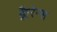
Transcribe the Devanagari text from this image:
क्लैरेन्स